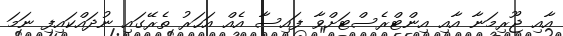
އާއި ޖޫރިމަނާ އާއި އިންޓްރެސްޓަށްވާ ފައިސާ އެއް އަހަރު ތެރޭގައި ނުދައްކައިފި ނަމަ